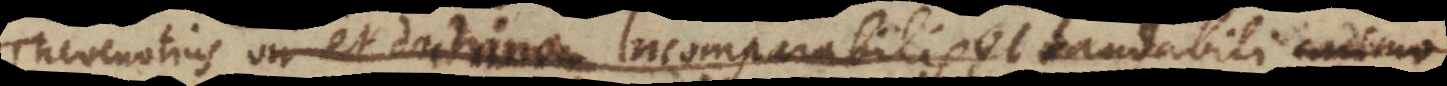
Thevenotius vir et doctrinae incomparabilis et laudabili animo